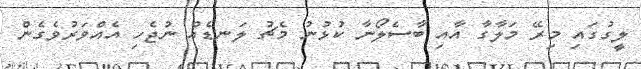
ލީގުގައި މިރޭ މަލާގާ އާއި ބާސެލޯނާ ކުޅުނު މެޗު ލަނޑެއް ނުޖެހި އެއްވަރުވެގެން